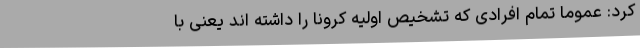
کرد: عموماً تمام افرادی که تشخیص اولیه کرونا را داشته اند یعنی با